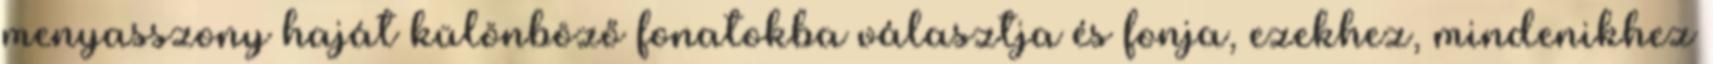
menyasszony haját különböző fonatokba választja és fonja, ezekhez, mindenikhez